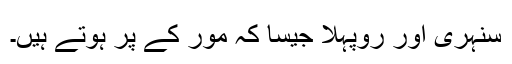
سنہری اور روپہلا جیسا کہ مور کے پر ہوتے ہیں۔